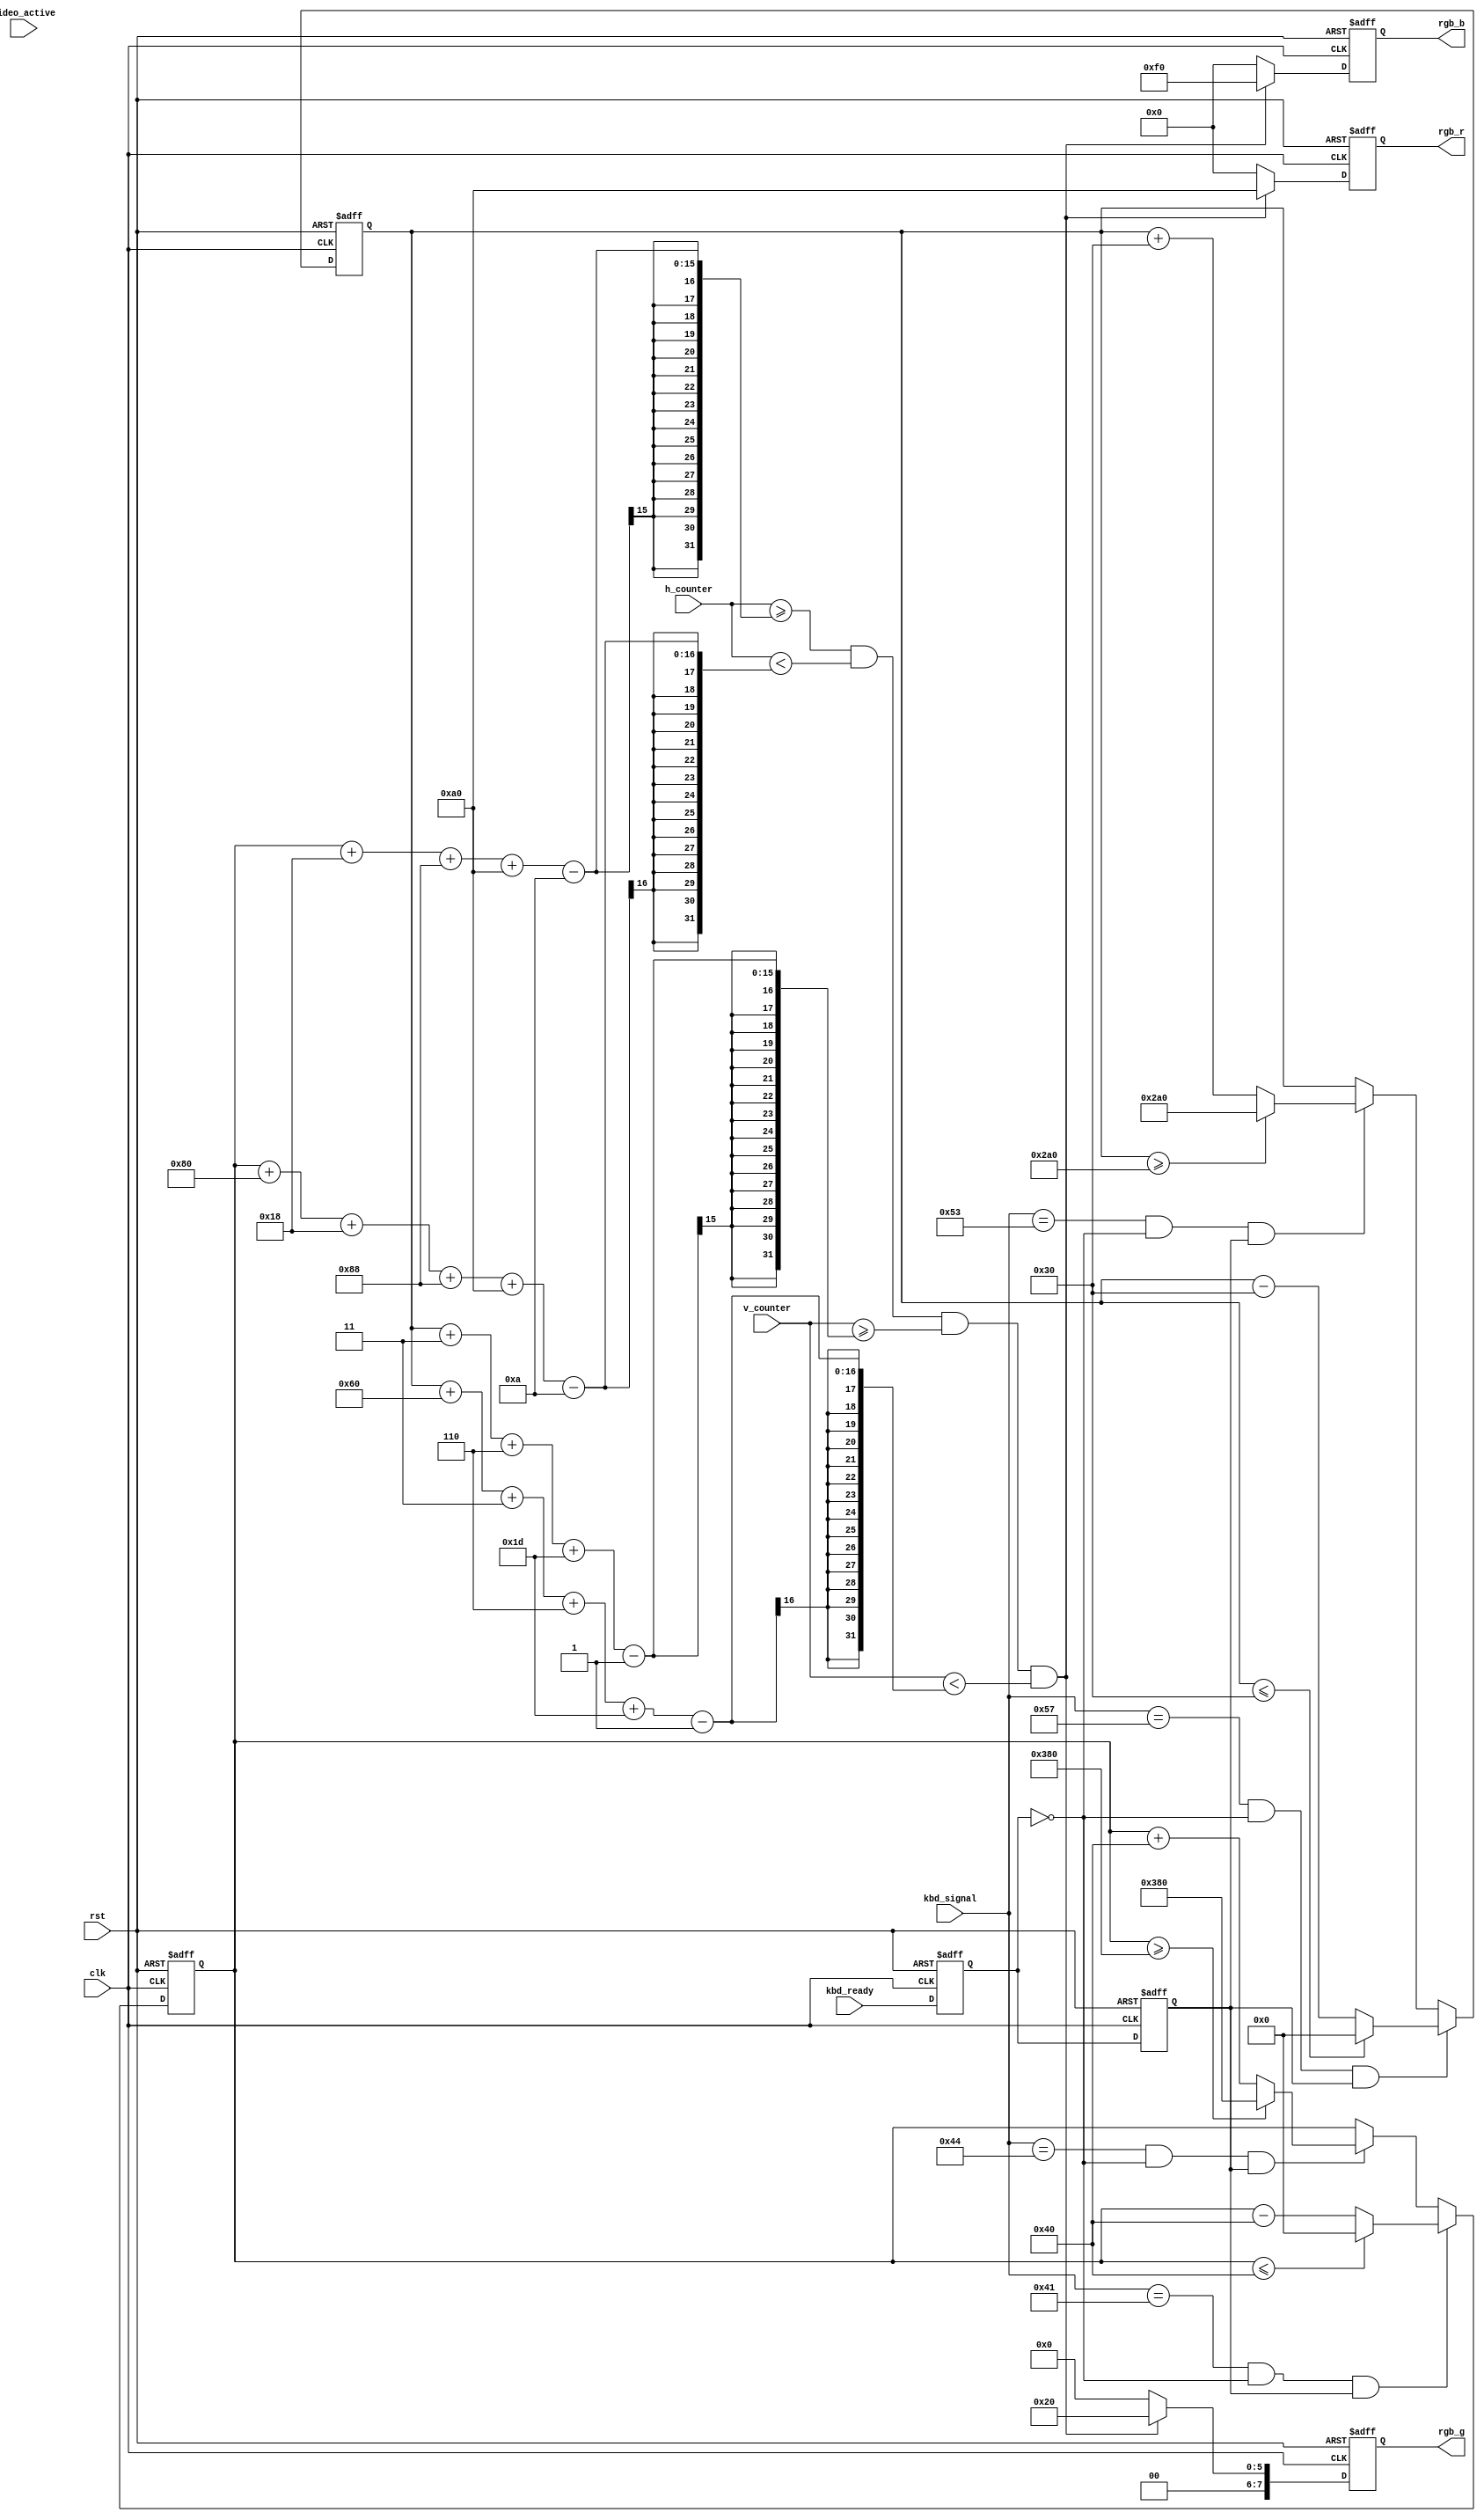
module vga_display(
	input                 clk,                //pixel clock
	input                 rst,                //reset signal high active
    input[11:0]                h_counter,         //x position
    input[11:0]                v_counter,         //y position
    input                      video_active,  
	input[7:0]				   kbd_signal,
	input					   kbd_ready,
	output reg [7:0]           rgb_r,         //video red data
	output reg [7:0]           rgb_g,         //video green data
	output reg [7:0]           rgb_b          //video blue data
);
//define the RGB values for 8 colors
parameter WHITE_R       = 8'hff;
parameter WHITE_G       = 8'hff;
parameter WHITE_B       = 8'hff;
parameter RED_R         = 8'hff;
parameter RED_G         = 8'h00;
parameter RED_B         = 8'h00;
parameter ORANGE_R		= 8'hff;
parameter ORANGE_G		= 8'h61;
parameter ORANGE_B		= 8'h00;
parameter YELLOW_R      = 8'hff;
parameter YELLOW_G      = 8'hff;
parameter YELLOW_B      = 8'h00;                                                               
parameter GREEN_R       = 8'h00;
parameter GREEN_G       = 8'hff;
parameter GREEN_B       = 8'h00;
parameter CYAN_R        = 8'h00;
parameter CYAN_G        = 8'hff;
parameter CYAN_B        = 8'hff; 
parameter BLUE_R        = 8'h00;
parameter BLUE_G        = 8'h00;
parameter BLUE_B        = 8'hff;
parameter PURPLE_R      = 8'ha0;
parameter PURPLE_G      = 8'h20;
parameter PURPLE_B      = 8'hf0;
parameter BLACK_R       = 8'h00;
parameter BLACK_G       = 8'h00;
parameter BLACK_B       = 8'h00;

//define some key values
parameter KBD_W	= 8'h57;
parameter KBD_A	= 8'h41;
parameter KBD_S	= 8'h53;
parameter KBD_D	= 8'h44;

// 1024*768 65mhz
parameter H_ACTIVE = 16'd1024;
parameter H_FP = 16'd24;      
parameter H_SYNCP = 16'd136;   
parameter H_BP = 16'd160;     
parameter V_ACTIVE = 16'd768; 
parameter V_FP  = 16'd3;      
parameter V_SYNCP  = 16'd6;    
parameter V_BP  = 16'd29;     
parameter HS_POL = 1'b0;
parameter VS_POL = 1'b0;
parameter PCLK = 24'd650000;

//square parameter and position define
parameter WIDTH = 16'd128;
parameter HEIGHT = 16'd96;

reg[11:0] left_top_x;
reg[11:0] left_top_y;

reg[23:0] move_counter;
always@(posedge clk or posedge rst)begin
	if(rst)
		move_counter <= 0;
	else begin
		if(move_counter < PCLK - 1'd1)
			move_counter = move_counter + 1'b1;
		else 
			move_counter <= 0;
	end
end

wire move_active;
assign move_active = (move_counter == (PCLK - 1'd1))?1'b1:1'b0;


reg kbd_ready_press;
reg kbd_ready_release;

//change left_top position
always @(posedge clk or posedge rst) begin
	if(rst == 1) begin
		left_top_x <= 0;
		left_top_y <= 0;
		kbd_ready_press <= 0;
		kbd_ready_release <= 0;
	end else begin
		kbd_ready_press <= kbd_ready;
		kbd_ready_release <= kbd_ready_press;
		if(kbd_signal == KBD_A && !kbd_ready_press && kbd_ready_release)begin
			if(left_top_x <= WIDTH/2)begin
				left_top_x <= 0;
			end else begin
				left_top_x <= left_top_x - WIDTH/2;
			end
		end else if(kbd_signal == KBD_D && !kbd_ready_press && kbd_ready_release)begin
			if(left_top_x >= H_ACTIVE - WIDTH)begin
				left_top_x <= H_ACTIVE - WIDTH;
			end else begin
				left_top_x <= left_top_x + WIDTH/2;
			end
		end else begin
			left_top_x <= left_top_x;
		end

		if(kbd_signal == KBD_W && !kbd_ready_press && kbd_ready_release)begin
			if(left_top_y <= HEIGHT/2)begin
				left_top_y <= 0;
			end else begin
				left_top_y <= left_top_y - HEIGHT/2;
			end
		end else if(kbd_signal == KBD_S && !kbd_ready_press && kbd_ready_release)begin
			if(left_top_y >= V_ACTIVE - HEIGHT)begin
				left_top_y <= V_ACTIVE - HEIGHT;
			end else begin
				left_top_y <= left_top_y + HEIGHT/2;
			end
		end else begin
			left_top_y <= left_top_y;
		end

	end
end

//displaying 
always@(posedge clk or posedge rst) begin
	if(rst == 1'b1)
		begin
			rgb_r <= 8'h00;
			rgb_g <= 8'h00;
			rgb_b <= 8'h00; 
		end
	else if(h_counter>=(left_top_x + H_FP + H_SYNCP + H_BP - 10) && h_counter<(left_top_x + WIDTH + H_FP + H_SYNCP + H_BP - 10)
			&& v_counter>=left_top_y + V_FP + V_SYNCP + V_BP -1  && v_counter<left_top_y + HEIGHT + V_FP + V_SYNCP + V_BP -1)begin
				rgb_r <= PURPLE_R;
				rgb_g <= PURPLE_G;
				rgb_b <= PURPLE_B;
		end
	else
		begin
			rgb_r <= 8'h00;
			rgb_g <= 8'h00;
			rgb_b <= 8'h00;
		end
end

endmodule